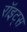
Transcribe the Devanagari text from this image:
रॉइट्स